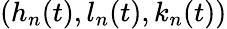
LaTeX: (h_{n}(t),l_{n}(t),k_{n}(t))